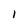
Character: l